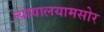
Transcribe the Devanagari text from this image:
न्यायालयामसोर